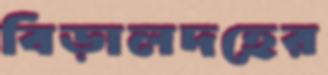
বিড়ালদহের